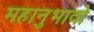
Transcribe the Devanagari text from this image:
महानुभावो